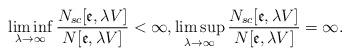
LaTeX: \begin{align*}\liminf_{\lambda \rightarrow \infty }\frac{N_{sc}[\mathfrak{e},\lambda V]}{N[\mathfrak{e},\lambda V]}<\infty ,\limsup_{\lambda \rightarrow \infty }\frac{N_{sc}[\mathfrak{e},\lambda V]}{N[\mathfrak{e},\lambda V]}=\infty .\end{align*}